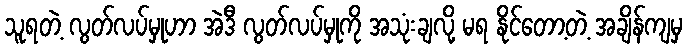
သူရတဲ့ လွတ်လပ်မှုဟာ အဲဒီ လွတ်လပ်မှုကို အသုံးချလို့ မရ နိုင်တော့တဲ့ အချိန်ကျမှ